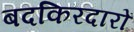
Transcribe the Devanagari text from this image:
बदकिरदारों